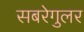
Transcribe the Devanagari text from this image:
सबरेगुलर